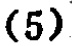
\((5)\)